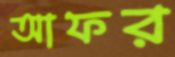
আফর